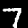
Digit: 7